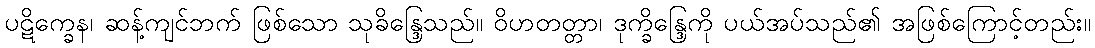
ပဋိက္ခေန၊ ဆန့်ကျင်ဘက် ဖြစ်သော သုခိန္ဒြေသည်။ ဝိဟတတ္တာ၊ ဒုက္ခိန္ဒြေကို ပယ်အပ်သည်၏ အဖြစ်ကြောင့်တည်း။